Civil Veterinary Dept. Bombay admin report 1923-31 - 1923-1931
Year: 1923
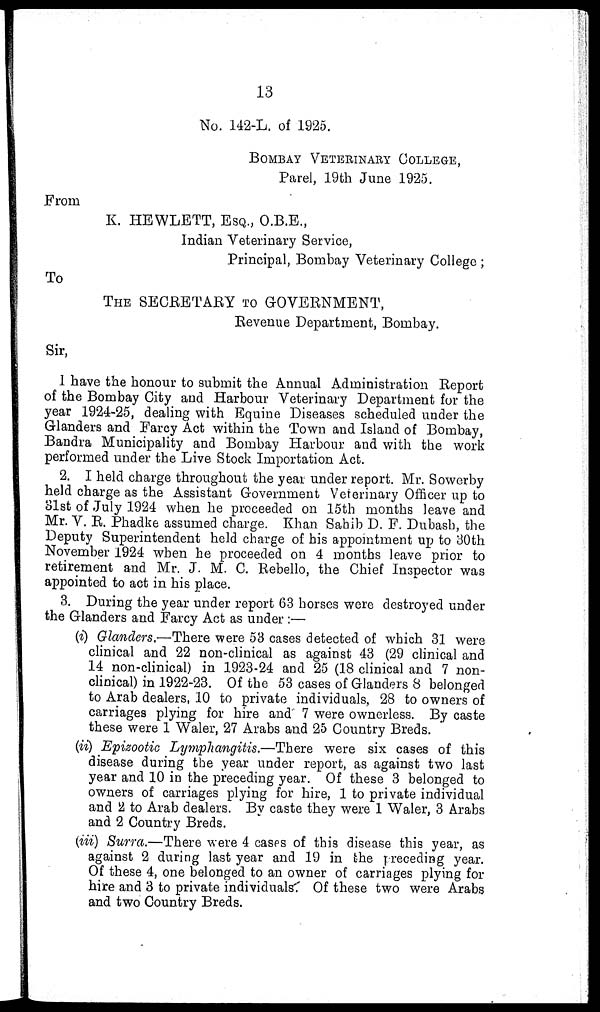
13
No. 142-L. of 1925.
BOMBAY VETERINARY COLLEGE,
Parel, 19th June 1925.
From
K. HEWLETT, ESQ., O.B.E.,
Indian Veterinary Service,
Principal, Bombay Veterinary College ;
To
THE SECRETARY TO GOVERNMENT,
Revenue Department, Bombay.
Sir,
1 have the honour to submit the Annual Administration Report
of the Bombay City and Harbour Veterinary Department for the
year 1924-25, dealing with Equine Diseases scheduled under the
Glanders and Farcy Act within the Town and Island of Bombay,
Bandra Municipality and Bombay Harbour and with the work
performed under the Live Stock Importation Act.
2. I held charge throughout the year under report. Mr. Sowerby
held charge as the Assistant Government Veterinary Officer up to
31st of July 1924 when he proceeded on 15th months leave and
Mr. V. R. Phadke assumed charge. Khan Sahib D. F. Dubash, the
Deputy Superintendent held charge of his appointment up to 30th
November 1924 when he proceeded on 4 months leave prior to
retirement and Mr. J. M. C. Rebello, the Chief Inspector was
appointed to act in his place.
3. During the year under report 63 horses were destroyed under
the Glanders and Farcy Act as under :—
(i) Glanders.—There were 53 cases detected of which 31 were
clinical and 22 non-clinical as against 43 (29 clinical and
14 non-clinical) in 1923-24 and 25 (18 clinical and 7 non-
clinical) in 1922-23. Of the 53 cases of Glanders 8 belonged
to Arab dealers, 10 to private individuals, 28 to owners of
carriages plying for hire and 7 were ownerless. By caste
these were 1 Waler, 27 Arabs and 25 Country Breds.
(ii) Epizootic Lymphangitis.—There were six cases of this
disease during the year under report, as against two last
year and 10 in the preceding year. Of these 3 belonged to
owners of carriages plying for hire, 1 to private individual
and 2 to Arab dealers. By caste they were 1 Waler, 3 Arabs
and 2 Country Breds.
(iii) Surra.—There were 4 cases of this disease this year, as
against 2 during last year and 19 in the preceding year.
Of these 4, one belonged to an owner of carnages plying for
hire and 3 to private individuals. Of these two were Arabs
and two Country Breds.